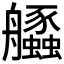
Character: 𦫆